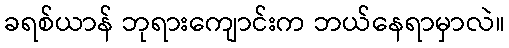
ခရစ်ယာန် ဘုရားကျောင်းက ဘယ်နေရာမှာလဲ။